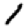
Digit: 1